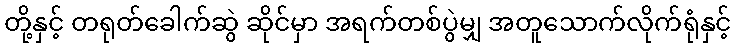
တို့နှင့် တရုတ်ခေါက်ဆွဲ ဆိုင်မှာ အရက်တစ်ပွဲမျှ အတူသောက်လိုက်ရုံနှင့်